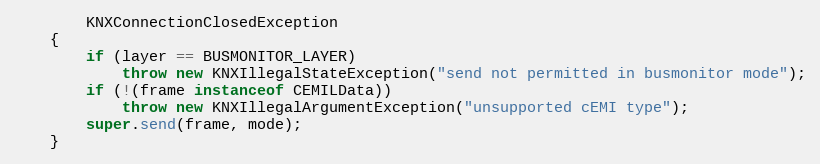
Language: Java
		KNXConnectionClosedException
	{
		if (layer == BUSMONITOR_LAYER)
			throw new KNXIllegalStateException("send not permitted in busmonitor mode");
		if (!(frame instanceof CEMILData))
			throw new KNXIllegalArgumentException("unsupported cEMI type");
		super.send(frame, mode);
	}